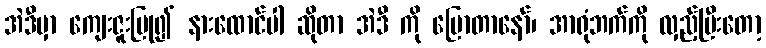
အဲဒီမှာ ကျေးဇူးပြု၍ နားထောင်ပါ ဆိုတာ အဲဒီ ကို ပြောတာနော်၊ အာရုံဘက်ကို လှည့်ပြီးတော့